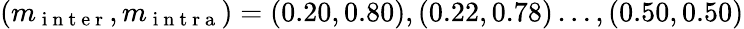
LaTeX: (m_{\mathrm{~i~n~t~e~r~}},m_{\mathrm{~i~n~t~r~a~}})=(0.20,0.80),(0.22,0.78)\dots,(0.50,0.50)